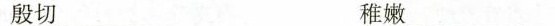
殷切___ 稚嫩___